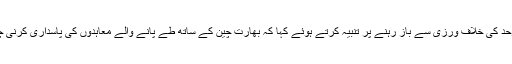
چین نے اپنے بیان میں بھارت کو لداخ کے علاقے میں سرحد کی خلاف ورزی سے باز رہنے پر تنبیہ کرتے ہوئے کہا کہ بھارت چین کے ساتھ طے پانے والے معاہدوں کی پاسداری کرنی چاہیے بصورت دیگر چین ردعمل کا حق محفوظ رکھتا ہے۔